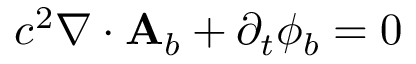
c ^ { 2 } \nabla \cdot \mathbf { A } _ { b } + \partial _ { t } \phi _ { b } = 0